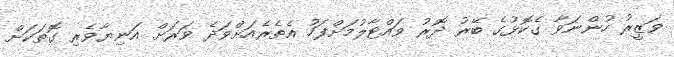
ވަޒީރު ހުންނަވާ ގެކޮޅުގެ ބޭރު ދޮރު ވައްޓާލުމަށްފަހު އެތެރެއަށްވަދެ ވަރަށް އަނިޔާވެރި ގޮތަކަށް